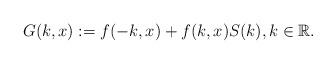
LaTeX: \begin{align*}G(k,x):=f(-k,x)+f(k,x)S(k),k\in \mathbb{R}.\end{align*}